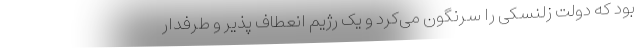
بود که دولت زلنسکی را سرنگون می‌کرد و یک رژیم انعطاف پذیر و طرفدار